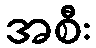
အစီး